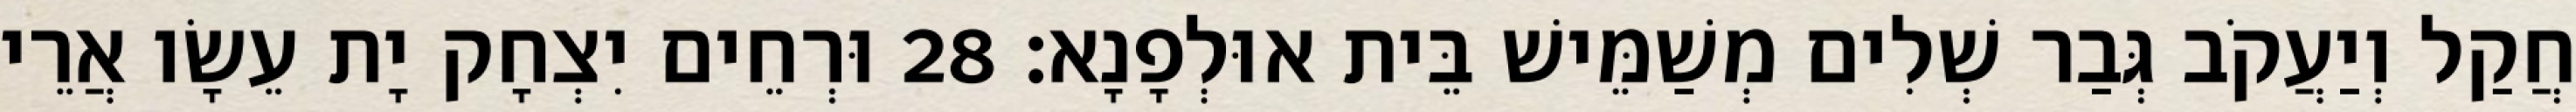
חֲקַל וְיַעֲקֹב גְּבַר שְׁלִים מְשַׁמֵּישׁ בֵּית אוּלְפָנָא׃ 28 וּרְחֵים יִצְחָק יָת עֵשָׂו אֲרֵי